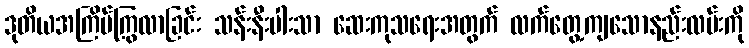
ဒုတိယအကြိမ်ကြွလာခြင်း သန်းနီးပါးသာ ဆေးကုသရေးအတွက် လက်တွေ့ကျသောနည်းလမ်းကို